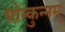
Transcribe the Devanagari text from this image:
पोन्कुन्नम्